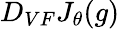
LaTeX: D_{VF}J_{\theta}(g)